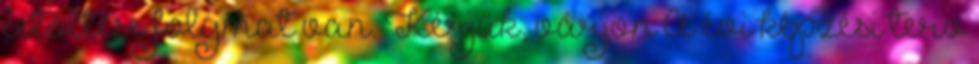
letöltése folymat van. Kérjük, várjon A évi képzési terv